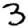
Digit: 3